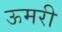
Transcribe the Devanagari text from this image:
ऊमरी